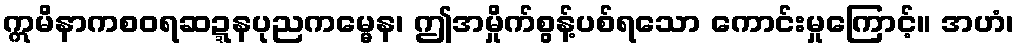
ဣမိနာကစဝရဆဍ္ဍနပုညကမ္မေန၊ ဤအမှိုက်စွန့်ပစ်ရသော ကောင်းမှုကြောင့်။ အဟံ၊